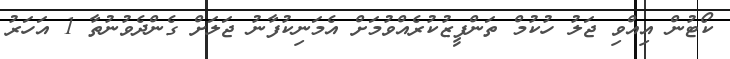
ކޯޓުން އިއްވި ޖަލު ހުކުމް ތަންފީޒުކުރެއްވުމަށް އެމަނިކުފާނު ޖަލަށް ގެންދެވުނުތާ 1 އަހަރު